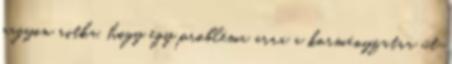
nagyon ritka, hogy egy probléma arra a kormányzatra üt